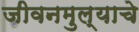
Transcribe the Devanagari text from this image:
जीवनमुल्याचे